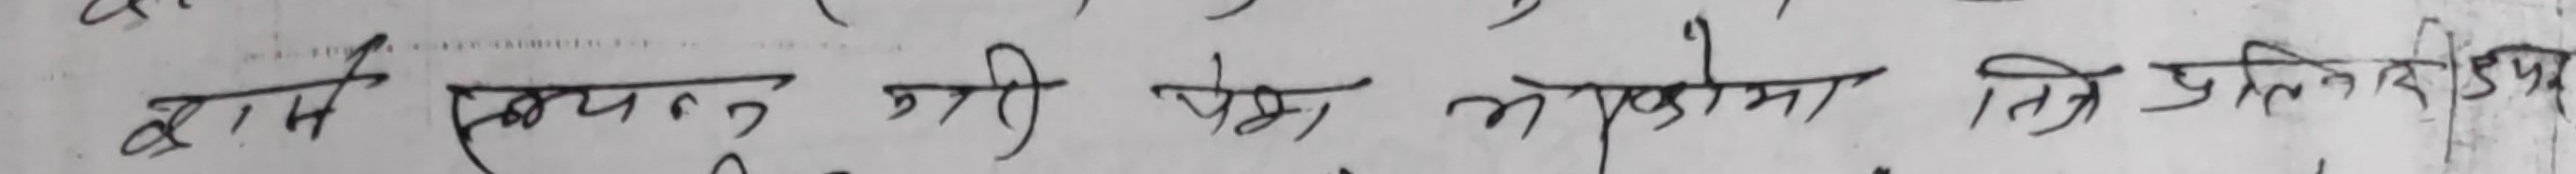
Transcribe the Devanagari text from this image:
बासै स्कन्न गरी प्रेम, प्रकोमा नि प्रतिडीप